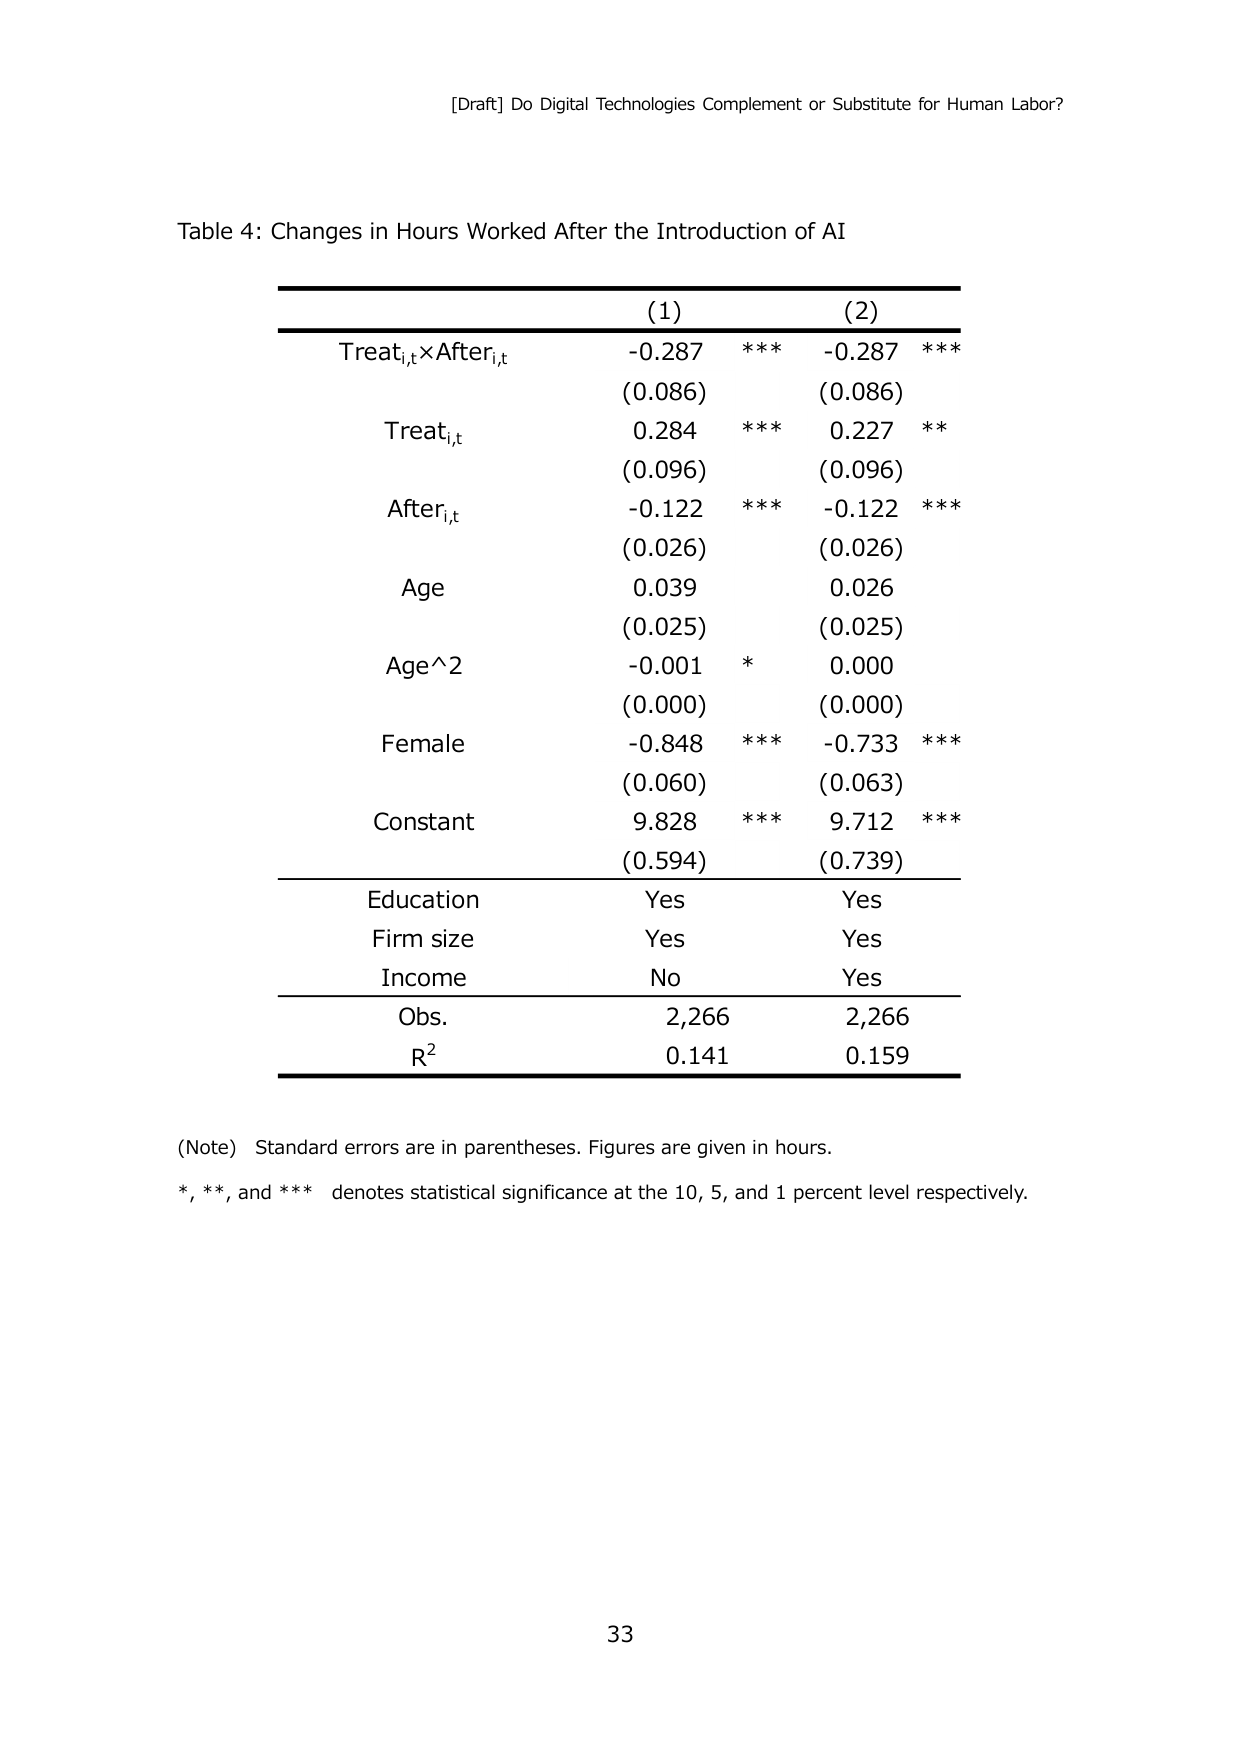
[Draft] Do Digital Technologies Complement or Substitute for Human Labor?

Table 4: Changes in Hours Worked After the Introduction of AI

(1)             (2)
Treat_{i,t}×After_{i,t}    -0.287 ***    -0.287 ***
                    (0.086)         (0.086)
Treat_{i,t}         0.284 ***     0.227 **
                    (0.096)         (0.096)
After_{i,t}         -0.122 ***    -0.122 ***
                    (0.026)         (0.026)
Age                 0.039         0.026
                    (0.025)         (0.025)
Age^2               -0.001 *      0.000
                    (0.000)         (0.000)
Female              -0.848 ***    -0.733 ***
                    (0.060)         (0.063)
Constant            9.828 ***     9.712 ***
                    (0.594)         (0.739)
Education           Yes           Yes
Firm size           Yes           Yes
Income              No            Yes
Obs.                2,266         2,266
R²                  0.141         0.159

(Note) Standard errors are in parentheses. Figures are given in hours.
*, **, and *** denotes statistical significance at the 10, 5, and 1 percent level respectively.

33